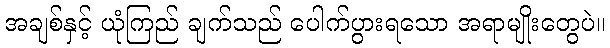
အချစ်နှင့် ယုံကြည် ချက်သည် ပေါက်ပွားရသော အရာမျိုးတွေပဲ။